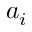
a _ { i }